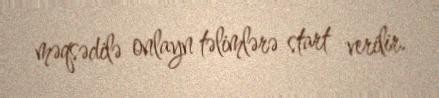
məqsədilə onlayn təlimlərə start verilir.